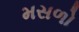
મસળો